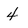
Character: 4